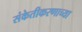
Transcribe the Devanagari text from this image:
संकेतीकरणाच्या